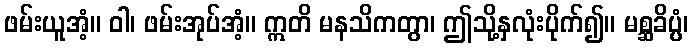
ဖမ်းယူအံ့။ ဝါ၊ ဖမ်းအုပ်အံ့။ ဣတိ မနသိကတွာ၊ ဤသို့နှလုံးပိုက်၍။ မစ္ဆခိပ္ပံ၊